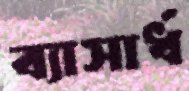
ব্যাসার্ধ